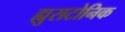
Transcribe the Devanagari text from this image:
ह्युसटोनिक